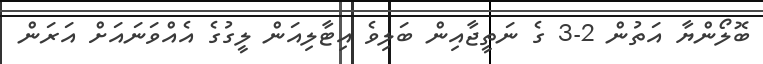
ބޮލޯންޔާ އަތުން 2-3 ގެ ނަތީޖާއިން ބަލިވެ އިޓާލިއަން ލީގުގެ އެއްވަނައަށް އަރަން